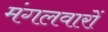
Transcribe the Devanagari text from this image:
मंगलवारों